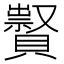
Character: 𧸆